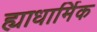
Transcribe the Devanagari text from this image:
ह्याधार्मिक